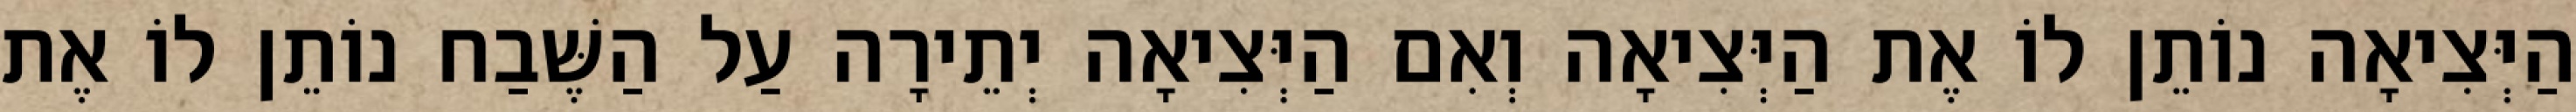
הַיְּצִיאָה נוֹתֵן לוֹ אֶת הַיְּצִיאָה וְאִם הַיְּצִיאָה יְתֵירָה עַל הַשֶּׁבַח נוֹתֵן לוֹ אֶת